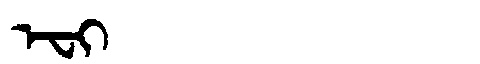
Manchu: ᡝᠸᡳ
Romanization: EFI